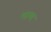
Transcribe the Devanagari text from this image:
भाग्‍य